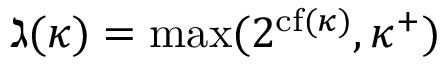
\gimel ( \kappa ) = \operatorname* { m a x } ( 2 ^ { { \mathrm { c f } } ( \kappa ) } , \kappa ^ { + } )